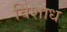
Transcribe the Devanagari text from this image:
विशाध